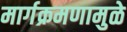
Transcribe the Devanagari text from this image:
मार्गक्रमणामुळे